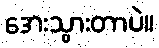
အေးသွားတာပဲ။